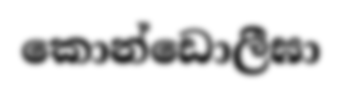
කොන්ඩොලීඝා